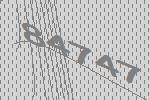
84747